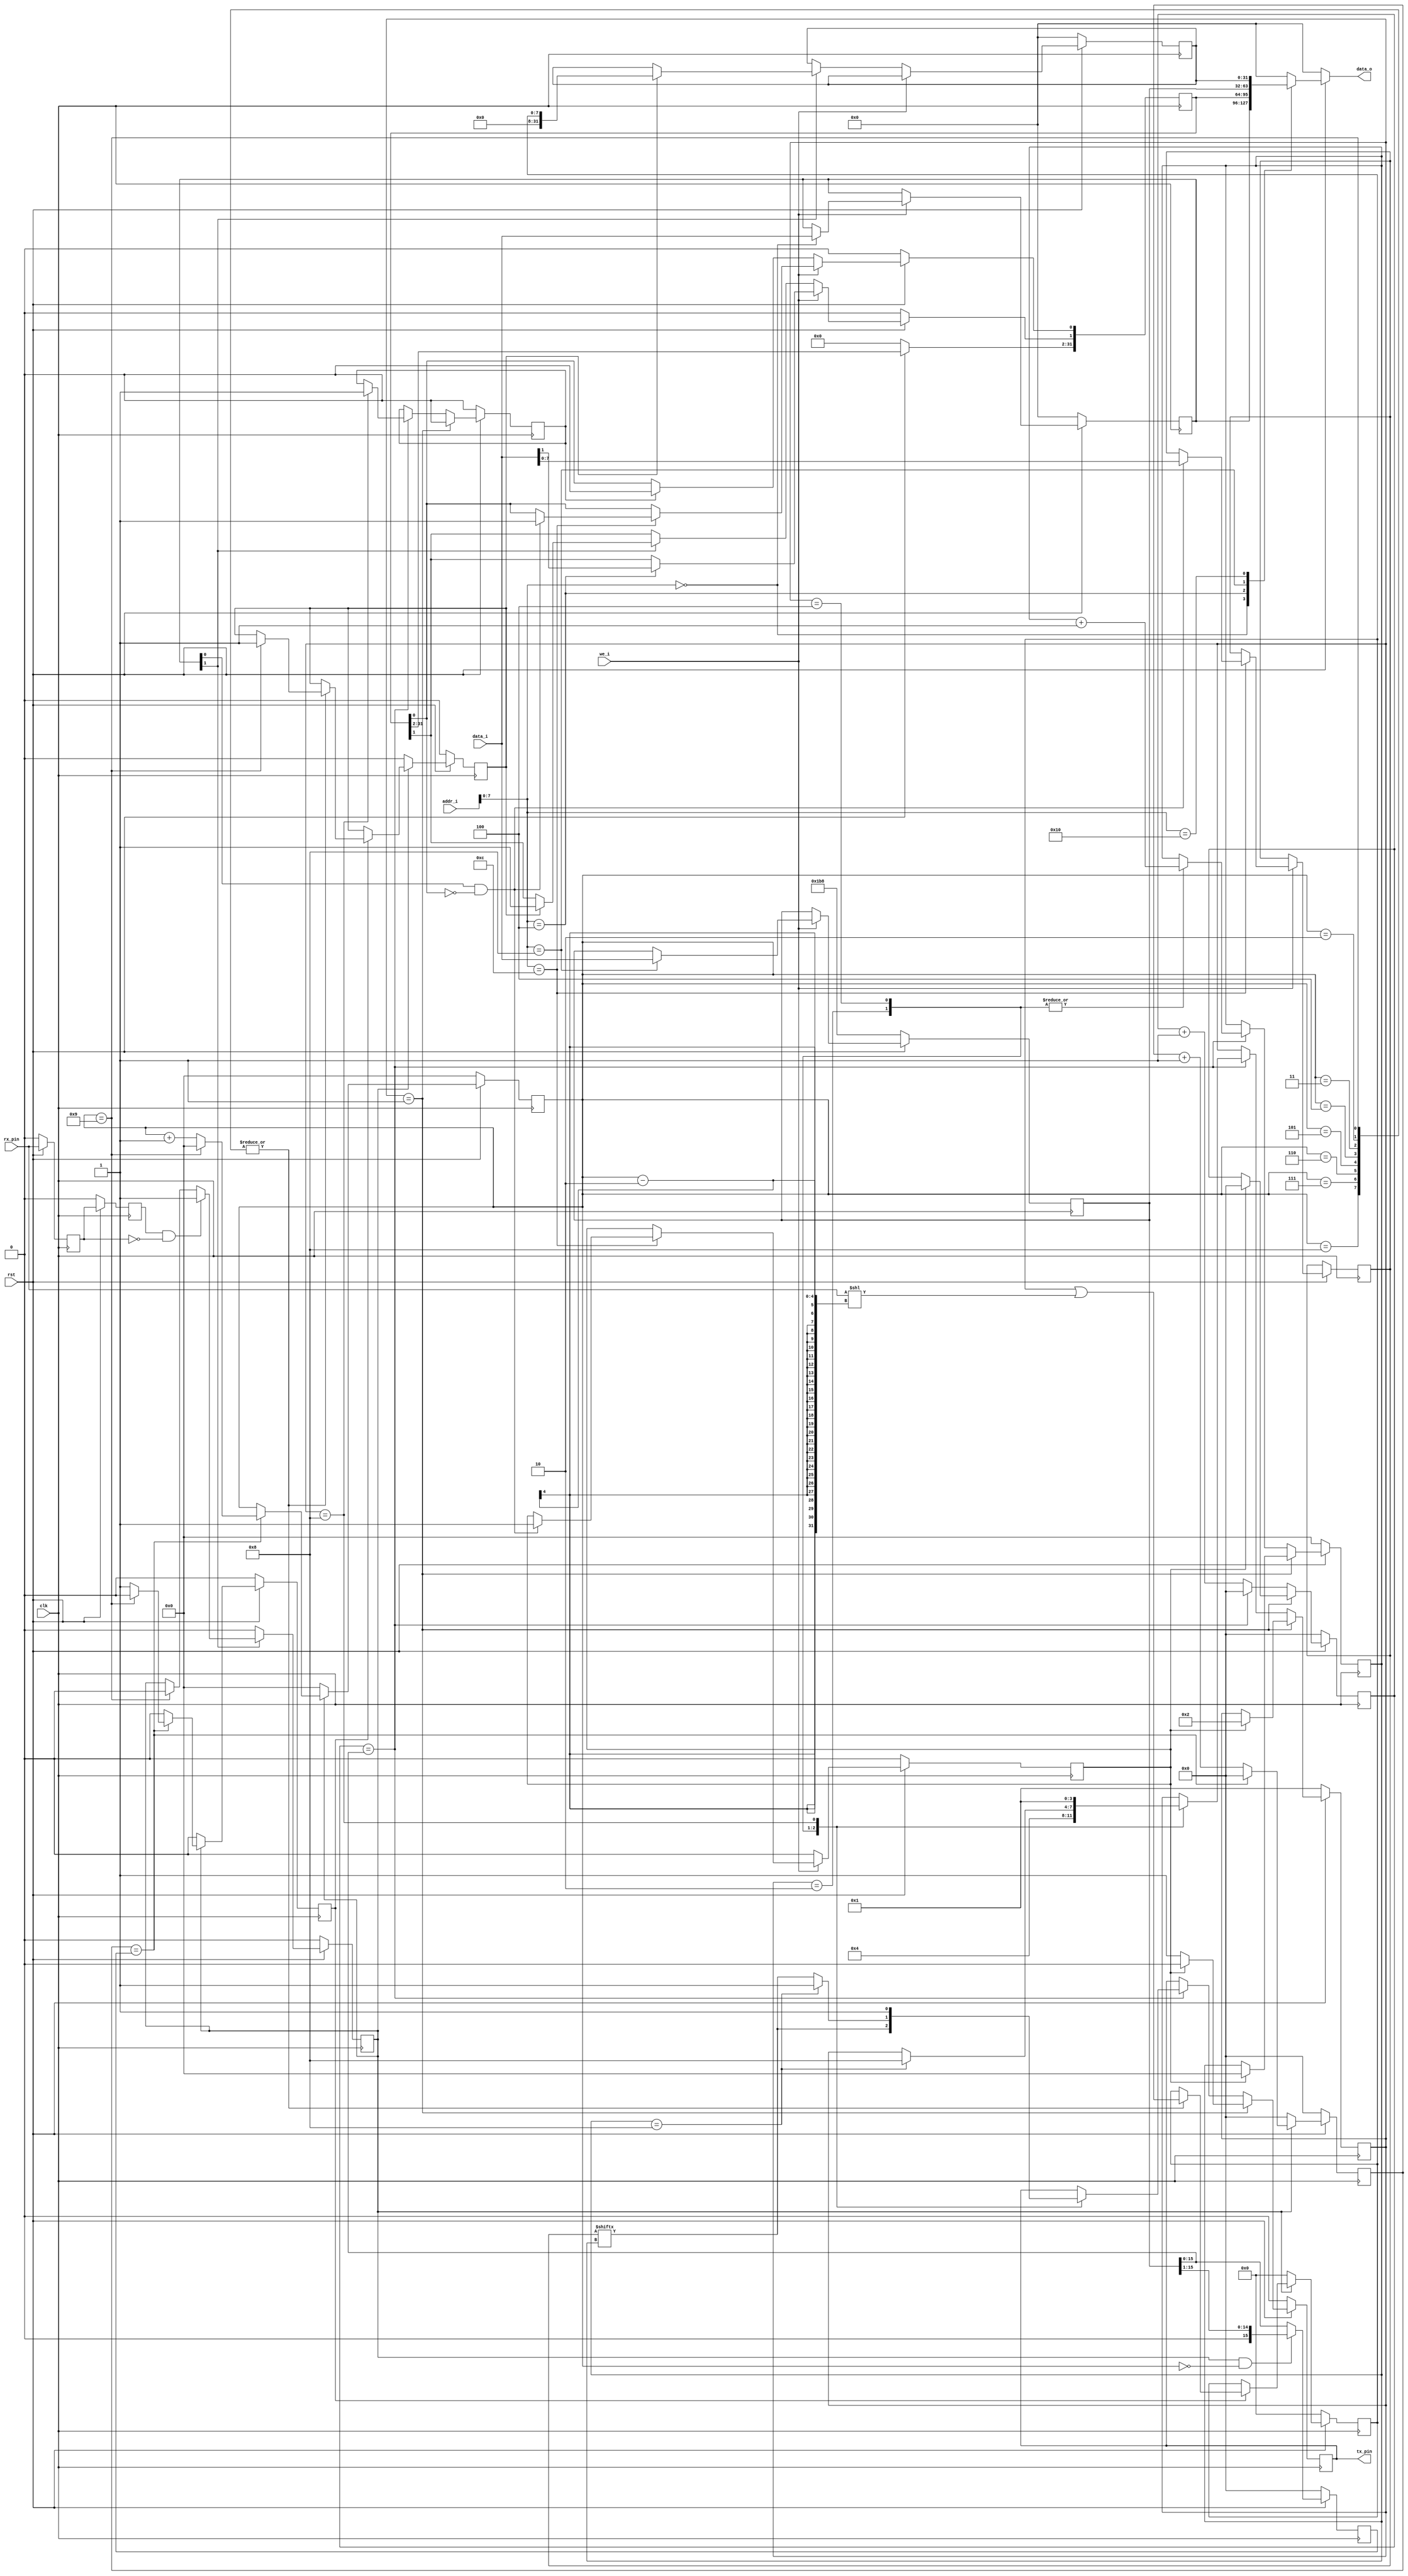
 /*                                                                      
 Copyright 2020 Blue Liang, liangkangnan@163.com
                                                                         
 Licensed under the Apache License, Version 2.0 (the "License");         
 you may not use this file except in compliance with the License.        
 You may obtain a copy of the License at                                 
                                                                         
     http://www.apache.org/licenses/LICENSE-2.0                          
                                                                         
 Unless required by applicable law or agreed to in writing, software    
 distributed under the License is distributed on an "AS IS" BASIS,       
 WITHOUT WARRANTIES OR CONDITIONS OF ANY KIND, either express or implied.
 See the License for the specific language governing permissions and     
 limitations under the License.                                          
 */


// (: 115200, 8 N 1)
module uart(

	input wire clk,
	input wire rst,

    input wire we_i,
    input wire[31:0] addr_i,
    input wire[31:0] data_i,

    output reg[31:0] data_o,
	output wire tx_pin,
    input wire rx_pin

    );


    // 50MHz115200bps
    localparam BAUD_115200 = 32'h1B8;

    localparam S_IDLE       = 4'b0001;
    localparam S_START      = 4'b0010;
    localparam S_SEND_BYTE  = 4'b0100;
    localparam S_STOP       = 4'b1000;

    reg tx_data_valid;
    reg tx_data_ready;

    reg[3:0] state;
    reg[15:0] cycle_cnt;
    reg[3:0] bit_cnt;
    reg[7:0] tx_data;
    reg tx_reg;

    reg rx_q0;
    reg rx_q1;
    wire rx_negedge;
    reg rx_start;                      // RX
    reg[3:0] rx_clk_edge_cnt;          // clk
    reg rx_clk_edge_level;             // clk
    reg rx_done;
    reg[15:0] rx_clk_cnt;
    reg[15:0] rx_div_cnt;
    reg[7:0] rx_data;
    reg rx_over;

    localparam UART_CTRL = 8'h0;
    localparam UART_STATUS = 8'h4;
    localparam UART_BAUD = 8'h8;
    localparam UART_TXDATA = 8'hc;
    localparam UART_RXDATA = 8'h10;

    // addr: 0x00
    // rw. bit[0]: tx enable, 1 = enable, 0 = disable
    // rw. bit[1]: rx enable, 1 = enable, 0 = disable
    reg[31:0] uart_ctrl;

    // addr: 0x04
    // ro. bit[0]: tx busy, 1 = busy, 0 = idle
    // rw. bit[1]: rx over, 1 = over, 0 = receiving
    // must check this bit before tx data
    reg[31:0] uart_status;

    // addr: 0x08
    // rw. clk div
    reg[31:0] uart_baud;

    // addr: 0x10
    // ro. rx data
    reg[31:0] uart_rx;

    assign tx_pin = tx_reg;


    // 
    always @ (posedge clk) begin
        if (rst == 1'b0) begin
            uart_ctrl <= 32'h0;
            uart_status <= 32'h0;
            uart_rx <= 32'h0;
            uart_baud <= BAUD_115200;
            tx_data_valid <= 1'b0;
        end else begin
            if (we_i == 1'b1) begin
                case (addr_i[7:0])
                    UART_CTRL: begin
                        uart_ctrl <= data_i;
                    end
                    UART_BAUD: begin
                        uart_baud <= data_i;
                    end
                    UART_STATUS: begin
                        uart_status[1] <= data_i[1];
                    end
                    UART_TXDATA: begin
                        if (uart_ctrl[0] == 1'b1 && uart_status[0] == 1'b0) begin
                            tx_data <= data_i[7:0];
                            uart_status[0] <= 1'b1;
                            tx_data_valid <= 1'b1;
                        end
                    end
                endcase
            end else begin
                tx_data_valid <= 1'b0;
                if (tx_data_ready == 1'b1) begin
                    uart_status[0] <= 1'b0;
                end
                if (uart_ctrl[1] == 1'b1) begin
                    if (rx_over == 1'b1) begin
                        uart_status[1] <= 1'b1;
                        uart_rx <= {24'h0, rx_data};
                    end
                end
            end
        end
    end

    // 
    always @ (*) begin
        if (rst == 1'b0) begin
            data_o = 32'h0;
        end else begin
            case (addr_i[7:0])
                UART_CTRL: begin
                    data_o = uart_ctrl;
                end
                UART_STATUS: begin
                    data_o = uart_status;
                end
                UART_BAUD: begin
                    data_o = uart_baud;
                end
                UART_RXDATA: begin
                    data_o = uart_rx;
                end
                default: begin
                    data_o = 32'h0;
                end
            endcase
        end
    end

    // *************************** TX ****************************

    always @ (posedge clk) begin
        if (rst == 1'b0) begin
            state <= S_IDLE;
            cycle_cnt <= 16'd0;
            tx_reg <= 1'b0;
            bit_cnt <= 4'd0;
            tx_data_ready <= 1'b0;
        end else begin
            if (state == S_IDLE) begin
                tx_reg <= 1'b1;
                tx_data_ready <= 1'b0;
                if (tx_data_valid == 1'b1) begin
                    state <= S_START;
                    cycle_cnt <= 16'd0;
                    bit_cnt <= 4'd0;
                    tx_reg <= 1'b0;
                end
            end else begin
                cycle_cnt <= cycle_cnt + 16'd1;
                if (cycle_cnt == uart_baud[15:0]) begin
                    cycle_cnt <= 16'd0;
                    case (state)
                        S_START: begin
                            tx_reg <= tx_data[bit_cnt];
                            state <= S_SEND_BYTE;
                            bit_cnt <= bit_cnt + 4'd1;
                        end
                        S_SEND_BYTE: begin
                            bit_cnt <= bit_cnt + 4'd1;
                            if (bit_cnt == 4'd8) begin
                                state <= S_STOP;
                                tx_reg <= 1'b1;
                            end else begin                
                                tx_reg <= tx_data[bit_cnt];
                            end
                        end
                        S_STOP: begin
                            tx_reg <= 1'b1;
                            state <= S_IDLE;
                            tx_data_ready <= 1'b1;
                        end
                    endcase
                end
            end
        end
    end

    // *************************** RX ****************************

    // ()
    assign rx_negedge = rx_q1 && ~rx_q0;


    always @ (posedge clk) begin
        if (rst == 1'b0) begin
            rx_q0 <= 1'b0;
            rx_q1 <= 1'b0;	
        end else begin
            rx_q0 <= rx_pin;
            rx_q1 <= rx_q0;
        end
    end

    // 
    always @ (posedge clk) begin
        if (rst == 1'b0) begin
            rx_start <= 1'b0;
        end else begin
            if (uart_ctrl[1]) begin
                if (rx_negedge) begin
                    rx_start <= 1'b1;
                end else if (rx_clk_edge_cnt == 4'd9) begin
                    rx_start <= 1'b0;
                end
            end else begin
                rx_start <= 1'b0;
            end
        end
    end

    always @ (posedge clk) begin
        if (rst == 1'b0) begin
            rx_div_cnt <= 16'h0;
        end else begin
            // 
            if (rx_start == 1'b1 && rx_clk_edge_cnt == 4'h0) begin
                rx_div_cnt <= {1'b0, uart_baud[15:1]};
            end else begin
                rx_div_cnt <= uart_baud[15:0];
            end
        end
    end

    // 
    always @ (posedge clk) begin
        if (rst == 1'b0) begin
            rx_clk_cnt <= 16'h0;
        end else if (rx_start == 1'b1) begin
            // 
            if (rx_clk_cnt == rx_div_cnt) begin
                rx_clk_cnt <= 16'h0;
            end else begin
                rx_clk_cnt <= rx_clk_cnt + 1'b1;
            end
        end else begin
            rx_clk_cnt <= 16'h0;
        end
    end

    // 
    always @ (posedge clk) begin
        if (rst == 1'b0) begin
            rx_clk_edge_cnt <= 4'h0;
            rx_clk_edge_level <= 1'b0;
        end else if (rx_start == 1'b1) begin
            // 
            if (rx_clk_cnt == rx_div_cnt) begin
                // 
                if (rx_clk_edge_cnt == 4'd9) begin
                    rx_clk_edge_cnt <= 4'h0;
                    rx_clk_edge_level <= 1'b0;
                end else begin
                    // 1
                    rx_clk_edge_cnt <= rx_clk_edge_cnt + 1'b1;
                    // 
                    rx_clk_edge_level <= 1'b1;
                end
            end else begin
                rx_clk_edge_level <= 1'b0;
            end
        end else begin
            rx_clk_edge_cnt <= 4'h0;
            rx_clk_edge_level <= 1'b0;
        end
    end

    // bit
    always @ (posedge clk) begin
        if (rst == 1'b0) begin
            rx_data <= 8'h0;
            rx_over <= 1'b0;
        end else begin
            if (rx_start == 1'b1) begin
                // 
                if (rx_clk_edge_level == 1'b1) begin
                    case (rx_clk_edge_cnt)
                        // 
                        1: begin

                        end
                        // 
                        2, 3, 4, 5, 6, 7, 8, 9: begin
                            rx_data <= rx_data | (rx_pin << (rx_clk_edge_cnt - 2));
                            // 
                            if (rx_clk_edge_cnt == 4'h9) begin
                                rx_over <= 1'b1;
                            end
                        end
                    endcase
                end
            end else begin
                rx_data <= 8'h0;
                rx_over <= 1'b0;
            end
        end
    end

endmodule